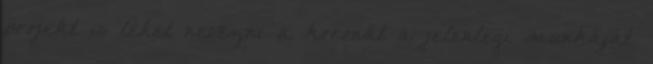
projekt is lehet nevezni a koronát a jelenlegi munkáját.